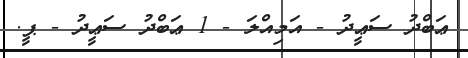
ޢަބްދު ސަޢީދު - އަމިއްލަ - 1 ޢަބްދު ސަޢީދު - ޕީ.